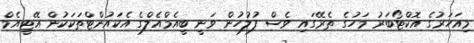
މިއަހަރުގެ އޮކްޓޯބަރު މަހުގެ ތެރޭގައި ވެސް ފުލުހުން ވަނީ ބީއެމްއެލްގެ އެކައުންޓްތަކަކުން އޭޓީއެމް